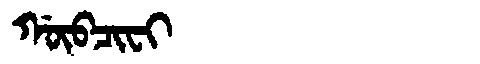
Manchu: ᡤᡡᠪᠴᡳᠸᡳ
Romanization: GŪBCIFI